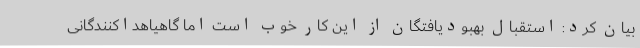
بیان کرد: استقبال بهبودیافتگان از این کار خوب است اما گاهیاهداکنندگانی